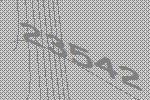
23542